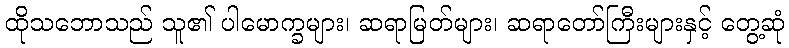
ထိုသဘောသည် သူ၏ ပါမောက္ခများ၊ ဆရာမြတ်များ၊ ဆရာတော်ကြီးများနှင့် တွေ့ဆုံ